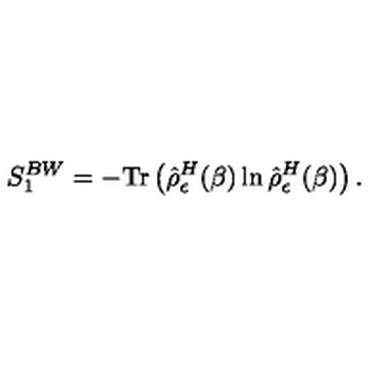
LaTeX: S _ { 1 } ^ { B W } = - \mathrm { T r } \left( \hat { \rho } _ { \epsilon } ^ { H } ( \beta ) \ln \hat { \rho } _ { \epsilon } ^ { H } ( \beta ) \right) .